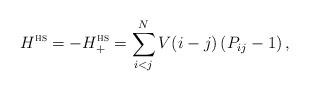
LaTeX: \begin{align*} H^\textsc{hs} = -H^\textsc{hs}_+ = \sum_{i<j}^N V(i-j) \, (P_{ij} - 1) \, ,\end{align*}